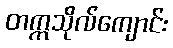
တက္ကသိုလ်ကျောင်း